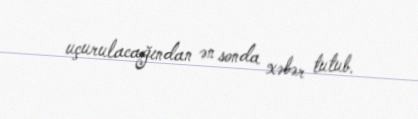
uçurulacağından ən sonda xəbər tutub.